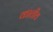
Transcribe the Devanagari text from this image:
कातीव